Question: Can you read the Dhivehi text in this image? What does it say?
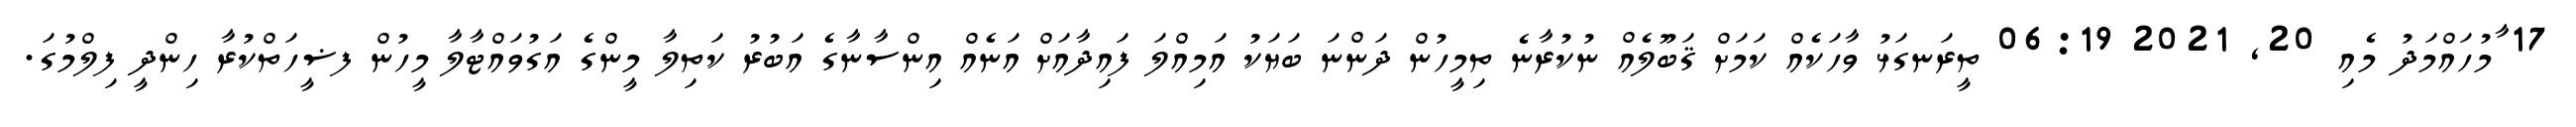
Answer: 17 ާމުހައްމަދު މެއި 20, 2021 06:19 ތީރަނގަޅު ވާހަކެއް ކަމަށް ޤަބޫލެއް ނުކުރާނެ ތިމީހުން ދަންނަ ބަޔަކު އަމިއްލަ ފައިދާއަށް އަނެއް އިންސާނާގެ އަބުރު ކަތިލާ މީންގެ އަގުވައްޓާލާ މީހުން ފޟީހަތްކުރާ ހިންދީ ފިލްމުގަ.